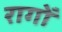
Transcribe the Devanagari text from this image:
रागोँ